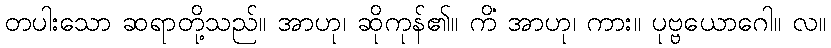
တပါးသော ဆရာတို့သည်။ အာဟု၊ ဆိုကုန်၏။ ကိံ အာဟု၊ ကား။ ပုဗ္ဗယောဂေါ။ လ။